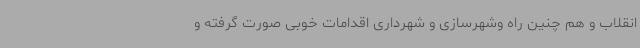
انقلاب و هم چنین راه وشهرسازی و شهرداری اقدامات خوبی صورت گرفته و